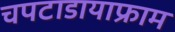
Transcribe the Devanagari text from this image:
चपटाडायाफ्राम